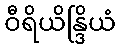
ဝီရိယိန္ဒြိယံ